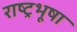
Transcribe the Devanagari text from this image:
राष्ट्रभूषा